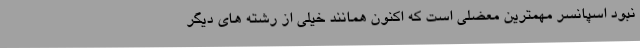
نبود اسپانسر مهمترین معضلی است که اکنون همانند خیلی از رشته های دیگر